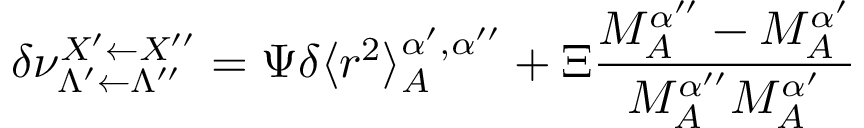
\delta \nu _ { \Lambda ^ { \prime } \leftarrow \Lambda ^ { \prime \prime } } ^ { X ^ { \prime } \leftarrow X ^ { \prime \prime } } = \Psi \delta \langle r ^ { 2 } \rangle _ { A } ^ { \alpha ^ { \prime } , \alpha ^ { \prime \prime } } + \Xi \frac { M _ { A } ^ { \alpha ^ { \prime \prime } } - M _ { A } ^ { \alpha ^ { \prime } } } { M _ { A } ^ { \alpha ^ { \prime \prime } } M _ { A } ^ { \alpha ^ { \prime } } }